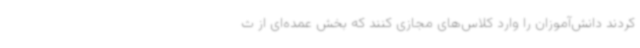
کردند دانش‌آموزان را وارد کلاس‌های مجازی کنند که بخش عمده‌ای از ث